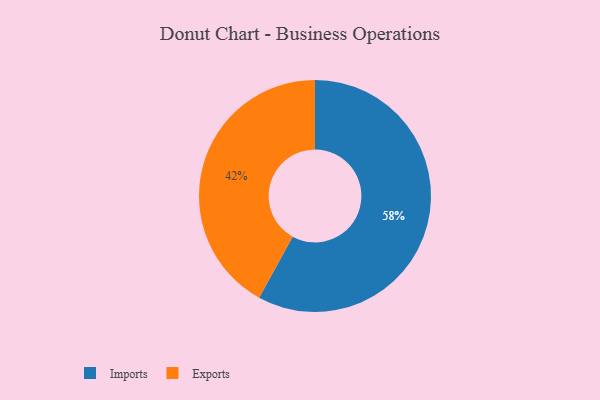
{"axis": {"x": "Category", "y": "Percentage"}, "legend": ["Exports", "Imports"], "data": [{"x": "Exports", "y": 42, "type": "Exports"}, {"x": "Imports", "y": 58, "type": "Imports"}]}